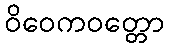
ဝိဝေကဝတ္တော